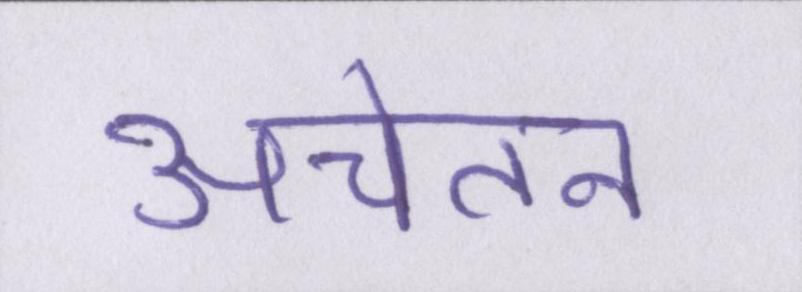
अचेतन